Memorandum on the prevention of leprosy by segregation of the affected
Disease focus: Leprosy
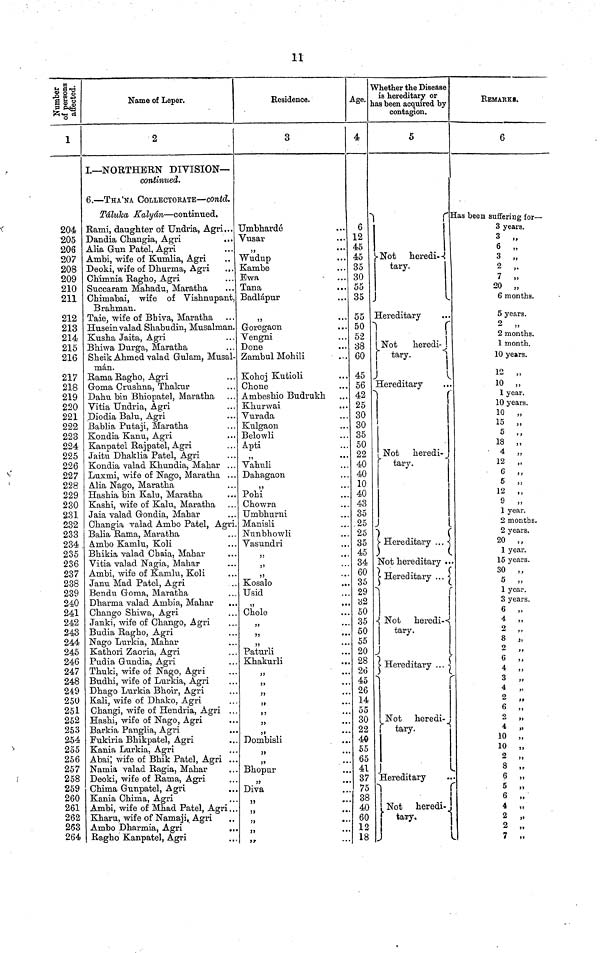
11
Number of persons affected.
1
204
'205
206
207
208
209
210
211
212
213
214
215
216
217
218
219
220
221
222
223
224
225
226
227
228
229
230
231
232
233
234
235
236
237
238
239
240
241
242
243
244
245
246
247
248
249
250
251
252
253
254
255
256
257
258
259
260
261
262
263
264
Name of Leper.
2
I.— NORTHERN DIVISION—
continued.
6. — THA'NA COLLECTORATE— contd.
Táluka Kalydn — continued.
Rami, daughter of Undria, Agri...
Dandia Changia, Agri
Alia Gun Patel, Agri
Ambi, wife of Kumlia, Agri
Deoki, wife of Dhurma, Agri
Ch'imnia Ragho, Agri
Succaram Mahadu, Maratha
Chimabai, wife of Vishnupant
Brahman.
Taie, wife of Bhiva, Maratha
Huseinvalad Shabudin, Musalman
Kusha Jaita, Agri
Bhiwa Durga, Maratha
Sheik Ahmed valad Gulam, Musal-
man.
Rama Ragho, Agri
Goma Crushna, Thakur
Dahu bin Bhiopatel, Maratha
Vitia Undria, Agri
Diodia Balu, Agri
Bablia Putaji, Maratha
Kondia Kanu, Agri
Kanpatel Rajpatel, Agri
Jaitu Dhaklia Patel, Agri
Kondia valad Khundia, Mahar .. .
Luxmi, wife of Nago, Maratha ..
Alia Nago, Maratha
Hashia bin Kara, Maratha
Kashi, wife of Kalu, Maratha
Jaia valad Gondia, Mahar
Changia valad Ambo Patel, Agri
Balia Rama, Maratha
Ambo Kamlu, Koli
Bhikia valad Chaia, Mahar
Yitia valad Nagia, Mahar
Ambi, wife of Kanilu, Koli
Janu Mad Patel, Agri
Bendu Goma, Maratha
Dharma valad Arabia, Mahar
Chango Shiwa, Agri
Janki, wife of Chango, Agri
Budia Ragho, Agri
Nago Lurlcia, Mahar
Kathori Zaoria, Agri
Pudia Gundia, Agri
Thuki, wife of Nago, Agri
Budhi, wife of Lurkia, Agri
Dhago Lurkia Bhoir, Agri
Kali, wife of Dhako, Agri
Changi, wife of Hendria, Agri
Hashi, wife of Nago, Agri
Barkia Panglia, Agri
Fukiria Bhikpatel, Agri
Kania Lurkia, Agri
Abai; wife of Bhik Patel, Agri ..
Namia valad Ragia, Mahar
Deoki, wife of Rama, Agri
Chima Gunpatel, Agri
Kania Chima, Agri
Ambi, wife of Mhad Patel, Agri . .
Kharu, wife of Namaji, Agri
Ambo Dharmia, Agri
Ragho Kanpatel, Agri
Residence.
3
Umbhardé
Vusar
Wudup
Kambe
Ewa
Tana
Badlápur
"
Goregaon
Vengni
Done
Zambul Mohili
Kohoj Kutioli
Chone
Ambeshio Budrukh
Khurwai
Yurada
Kulgaon
Belowli
Apti
"
Vahuli
Dahagaon
33
Pohi
Chowra
Umbhurni
Manisli
Nunbhowli
Yasundri
,3
3»
"
Kosalo
Usid
"
Chole
"
3J
3>
Paturli
Khakurli
..
"
Dombisli
Bhopur
"
Diva
"
3
"
Age.
4
6
12
45
45
35
30
55
35
55
50
52
38
60
45
56
42
25
30
30
35
50
22
40
40
10
40
43
35
25
25
35
45
34
60
35
29
32
50
35
50
55
20
28
26
45
26
14
55
30
22
40
55
65
41
37
75
38
40
60
12
18
Whether the Disease
is hereditary or
las been acquired by
contagion.
5
Not
heredi-
tary.
Hereditary
Not
heredi-
tary.
Hereditary
Not
heredi-
tary.
Hereditary
.
Not hereditary ..
£ Hereditary ...
Not
heredi-
tary.
Hereditary
Not heredi-
1 tary.
Hereditary
Not
heredi-
tary.
REMARKB.
6
Has been suffering for—
3 years.
3
6
3
2
7
20
6 months.
5 years.
2
2 months.
1 month.
10 years.
12 „
10 „
1 year.
10 years.
10 „
15 „
5 "
18 „
' 4 „
12 „
6
5 „
12 "
9 "
1 year.
2 months.
2 years.
20 "
1 year.
15 years.
30 "
5 „
1 year.
3 years.
6 „
4 „
2 „
8 „
2 „
6 „
4 „
3
,
4
2
,
6
,
2
4
,
10
10
2
,
8 "
6
5 „
6 „
4 „
2 „
2 „
7 „